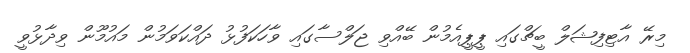
މިރޭ އާޓިފިޝަލް ބީޗްގައި ޕީޕީއެމުން ބޭއްވި ޖަލްސާގައި ވާހަކަފުޅު ދައްކަވަމުން މައުމޫން ވިދާޅުވީ